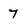
Character: 7